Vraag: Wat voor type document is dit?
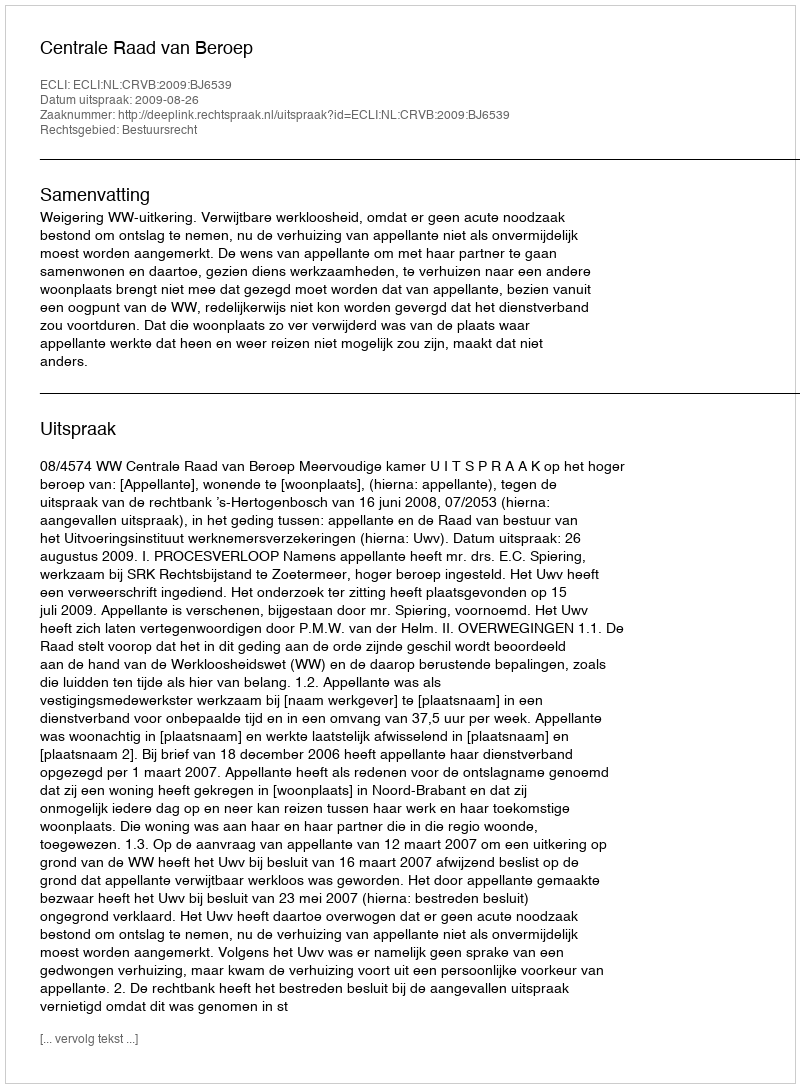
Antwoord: Uitspraak